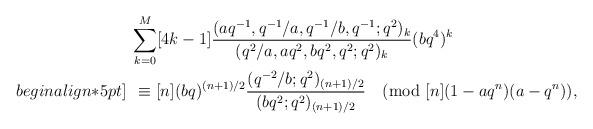
LaTeX: \begin{align*}&\sum_{k=0}^{M}[4k-1]\frac{(aq^{-1},q^{-1}/a,q^{-1}/b,q^{-1};q^2)_k}{(q^{2}/a,aq^2,bq^2,q^2;q^2)_k}(bq^4)^k\\begin{align*}5pt]\:&\:\equiv[n](bq)^{(n+1)/2}\frac{(q^{-2}/b;q^2)_{(n+1)/2}}{(bq^2;q^2)_{(n+1)/2}}\pmod{[n](1-aq^n)(a-q^n)},\end{align*}